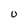
Character: U